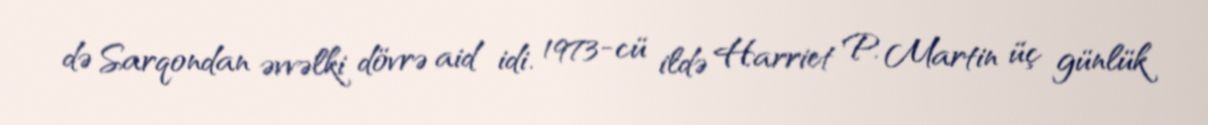
də Sarqondan əvvəlki dövrə aid idi. 1973-cü ildə Harriet P. Martin üç günlük